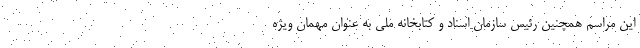
این مراسم همچنین رئیس سازمان اسناد و کتابخانه ملی به عنوان مهمان ویژه